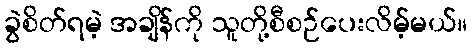
ခွဲစိတ်ရမဲ့ အချိန်ကို သူတို့စီစဉ်ပေးလိမ့်မယ်။